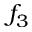
f _ { 3 }